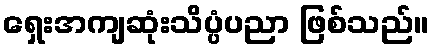
ရှေးအကျဆုံးသိပ္ပံပညာ ဖြစ်သည်။